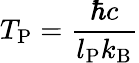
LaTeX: T_{\mathrm{P}}={\frac{\hbar c}{l_{\mathrm{P}}k_{\mathrm{B}}}}